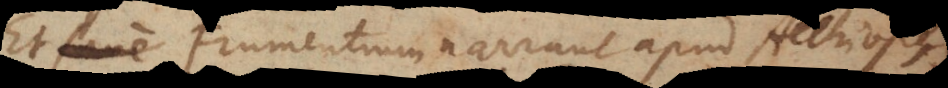
Et quidem Frumentium narrant apud Aethiopes